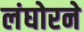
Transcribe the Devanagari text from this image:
लंघोरने